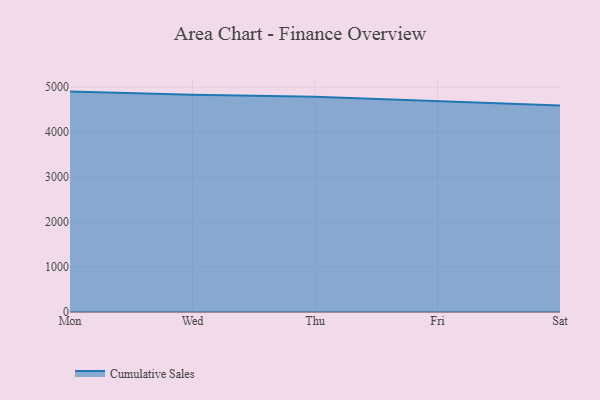
{"axis": {"x": "Day", "y": "Conversion Rate (%)"}, "legend": ["Cumulative Sales"], "data": [{"x": "Mon", "y": 4903.5, "type": "Cumulative Sales"}, {"x": "Wed", "y": 4836.1, "type": "Cumulative Sales"}, {"x": "Thu", "y": 4789.3, "type": "Cumulative Sales"}, {"x": "Fri", "y": 4697.6, "type": "Cumulative Sales"}, {"x": "Sat", "y": 4596.8, "type": "Cumulative Sales"}]}